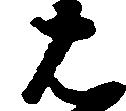
は